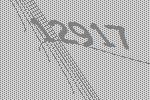
12917